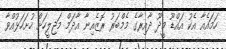
ހަމައެއާ އެކު އައްޑޫ މީދޫ ދާއިރާގެ މެމްބަރު ރޮޒެއިނާ އާދަމް މަޖިލީހަށް ހުށަހަޅުއްވާ